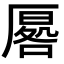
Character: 𭆔